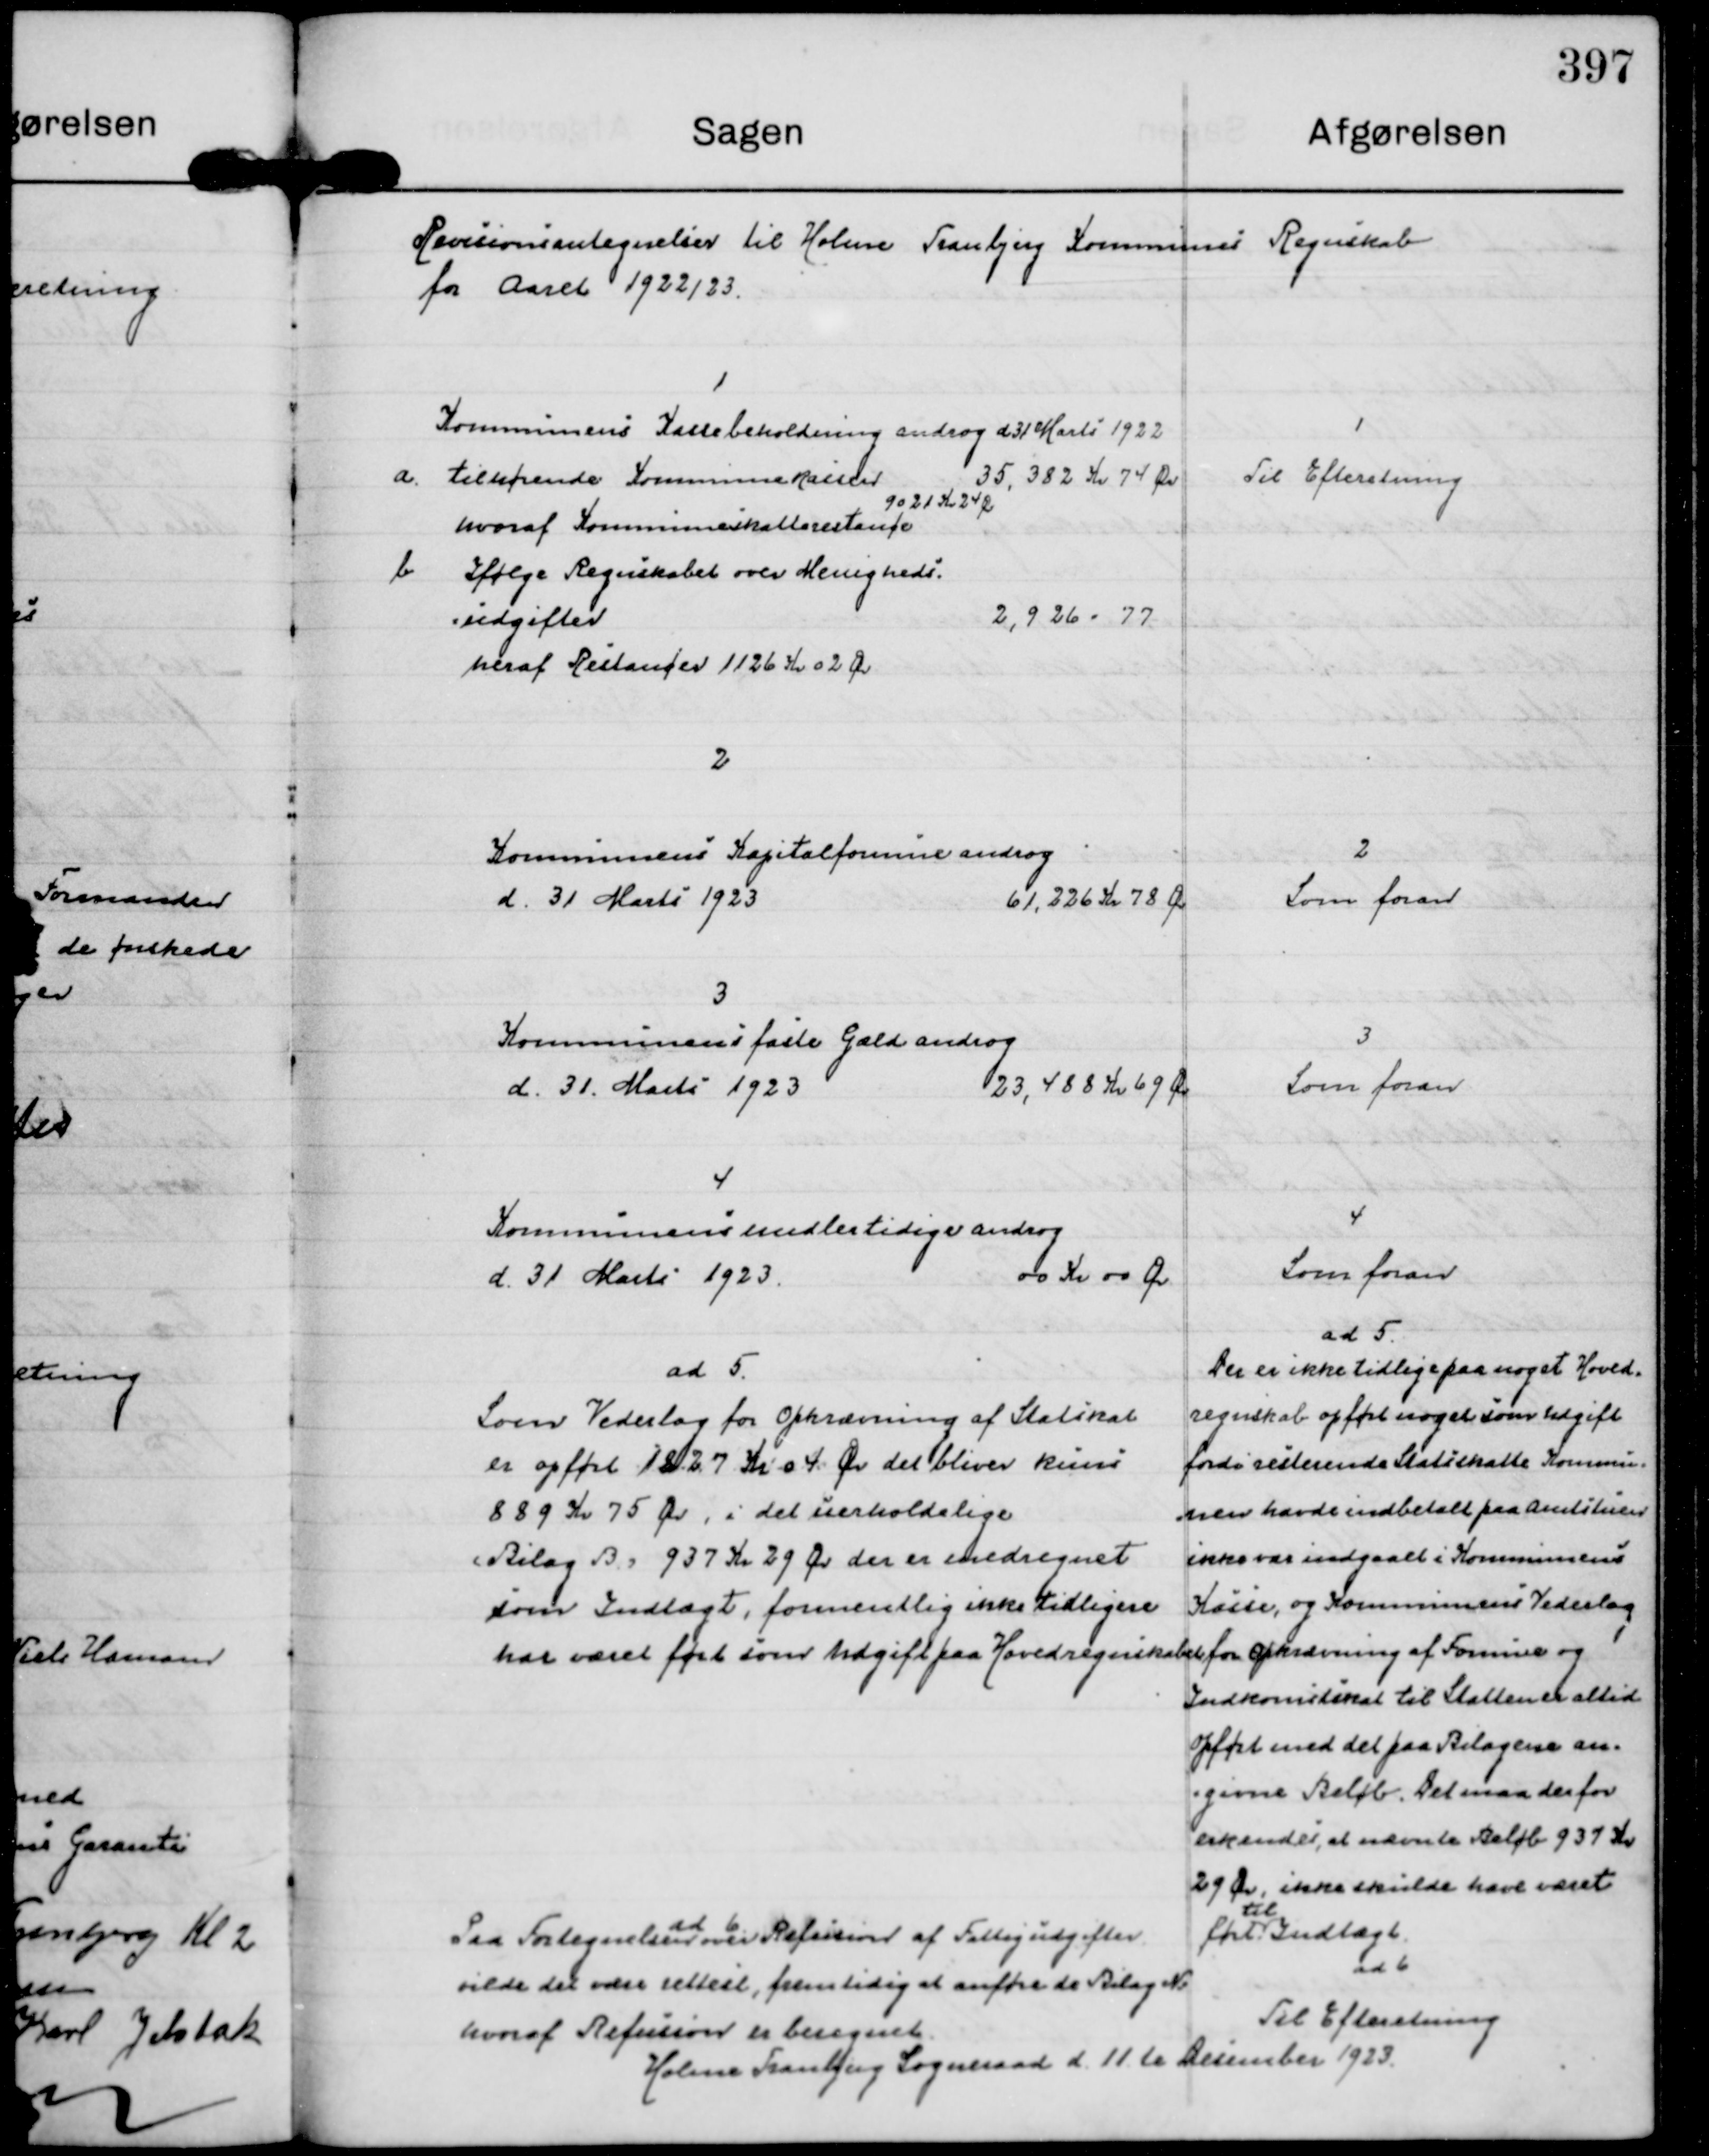
Transskription:
Revisionsantegnelser til Holme Tranbjerg Kommunes Regnskab
for Aaret 1922/23.

1
Kommunens Kassebeholdning androg d 31 Marts 1922
a. tilhørende Kommune Kassen
35.382 kr 74 Øre
hvoraf Kommuneskatterestance
9021 Kr 24 Øre
b Ifølge Regnskabet over Menigheds-
udgifter
2.926 - 77
heraf Restancer 1126 Kr 02 Øre

1
Til Efteretning

2
Kommunens Kapitalformue androg
d. 31 Marts 1923
61.226 Kr 78 Øre

2
Som foran

3
Kommunens faste Gæld androg
d. 31 Marts 1923
23.488 Kr 69 Øre

3
Som foran

4
Kommunens midlertidige androg
d. 31 Marts 1923.
00 Kr 00 Øre

4
Som foran

ad 5
Som Vederlag for Opkrævning af Statskat
er opført 1227 Kr 04 Øre det bliver kuns
889 Kr 75 Øre, i det uerholdelige
Bilag B. s 937 Kr 29 Øre der er enedregnet
som Indtægt, formentlig ikke tidligere
har været ført som Udgift fra Hovedregnskabet

ad 5.
Der er ikke tidlige paa noget Hoved=
regnskab opført noget som udgift 
fordi resterende Statsskatte Kommu=
nen havde indbetalt paa Amtstuen
ikke var indgaaet i Kommunens
Kasse, og Kommunens Vederlag
for Opkrævning af Formue og
Indkomstskat til Statten er altid
opført med det paa Bilagene an=
=givne Beløb. Det maa derfor
erkendes, at nævnte Beløb 937 Kr
29 Øre, ikke skulde have været
ført
til
Indtægt.

ad 6
Paa Fortegnelsen over Refusion af Fattigudgifter
vilde det være rettest, fremtidig at anføre de Bilag N:
hvoraf Refusion er beregnet.

ad 6
Til Efteretning

Holme Tranbjerg Sogneraad d. 11.te December 1923.